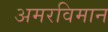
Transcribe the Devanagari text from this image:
अमरविमान